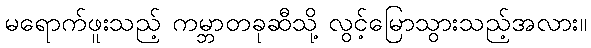
မရောက်ဖူးသည့် ကမ္ဘာတခုဆီသို့ လွင့်မြောသွားသည့်အလား။